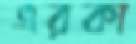
এরকা